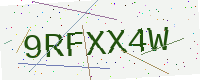
Text: 9RFXX4W